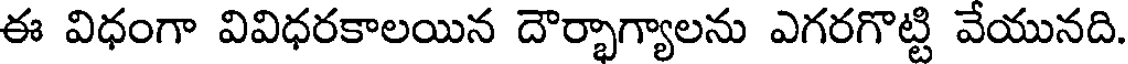
ఈ విధంగా వివిధరకాలయిన దౌర్భాగ్యాలను ఎగరగొట్టి వేయునది